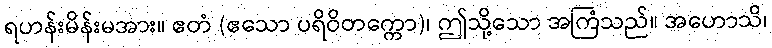
ရဟန်းမိန်းမအား။ ဧတံ (ဧသော ပရိဝိတက္ကော)၊ ဤသို့သော အကြံသည်။ အဟောသိ၊